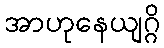
အာဟုနေယျဂ္ဂိ